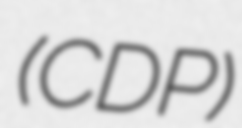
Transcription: (CDP)